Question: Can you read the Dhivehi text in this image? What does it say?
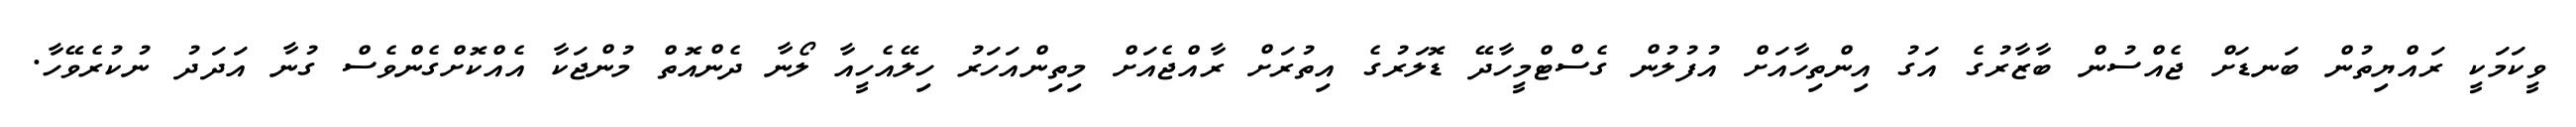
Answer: ވީކަމަކީ ރައްޔިތުން ބަނޑަށް ޖެއްސުން ބާޒާރުގެ އަގު އިންތިހާއަށް އުފުލުން ގެސްޓްމީހާދޭ ޑޮލަރުގެ އިތުރަށް ރާއްޖެއަށް މިތިންއަހަރު ހިލޭއެހީއާ ލޯނާ ދެންއޮތް މުންޖަކާ އެއްކޮށްގެންވެސް ގުނާ އަދަދު ނުކުރެވޭހާ.